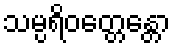
သမ္ပရိဝတ္တေန္တော